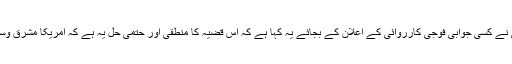
ایرانی صدر روحانی نے کسی جوابی فوجی کارروائی کے اعلان کے بجائے یہ کہا ہے کہ اس قضیہ کا منطقی اور حتمی حل یہ ہے کہ امریکا مشرق وسطیٰ سے نکل جائے۔